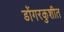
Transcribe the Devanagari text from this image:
डोंगरकुशीत